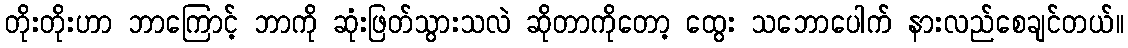
တိုးတိုးဟာ ဘာကြောင့် ဘာကို ဆုံးဖြတ်သွားသလဲ ဆိုတာကိုတော့ ထွေး သဘောပေါက် နားလည်စေချင်တယ်။